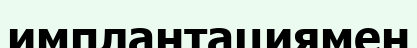
имплантациямен